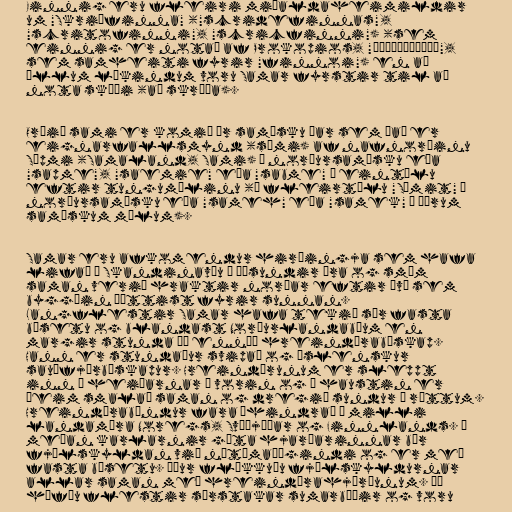
Einnig eru fleiri miðaldaheimildir
um "Skriðfinna" ("scridefinnas",
"scritofinni", "scricfinni") (sem
einnig er notað af Prokopios, "σκριϑίφινοι",
sem samheiti fyrir "finnoi") en að
öllum líkindum voru Samar fyrstir til að
nota skíði (að skríða).

Orðið sami er komið úr samísku þar sem það er
eignarfallsmynd (sámi) af nafnorðinu
Sápmi (Samaland, Sami) á norðursamísku eða
"sapme", "saemie" eða "sabme" í eintölu
eftir tungumálinu (í fleirtölu "Sámit" á
norðursamísku eða "sameh" eða "samek" á öðrum
samískum málum).

Samar eru afkomendur hirðingja sem hafa
lifað í Skandinavíu í þúsundir ára og smám
saman verið hraktir norðar eftir því sem
byggðin þéttist fyrir sunnan.
Langflestir Samar hafa tekið sér fasta
búsetu og blandast Norðurlandabúum en
margir stunda þó ennþá hreindýrabúskap.
Hann er stundaður svipað og íslenskur
sauðfjárbúskapur. Hreindýrunum er sleppt
inn á heiðarnar á vorin og á haustin er
þeim smalað saman og dregið sundur í réttum.
Hreindýrabændur fara óhindrað á milli
landamæra Noregs, Svíþjóðar og Finnlands. Á
meðan karlarnir gæta hjarðarinnar býr
fjölskyldan við nútímaþægindi og er með
fasta búsetu. Áður flökkuðu fjölskyldurnar
allar saman með hreindýrahjörðunum. Þá
höfðu flestir sérstakar sumarbúðir og voru